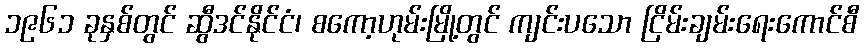
၁၉၆၁ ခုနှစ်တွင် ဆွီဒင်နိုင်ငံ၊ စကော့ဟုမ်းမြို့တွင် ကျင်းပသော ငြိမ်းချမ်းရေးကောင်စီ